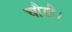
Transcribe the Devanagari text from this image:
चौडी।